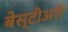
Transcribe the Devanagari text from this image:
बेस्टीअरी